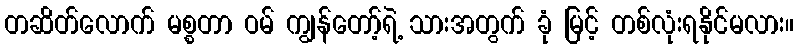
တဆိတ်လောက် မစ္စတာ ဝမ် ကျွန်တော့်ရဲ့ သားအတွက် ခုံ မြင့် တစ်လုံးရနိုင်မလား။